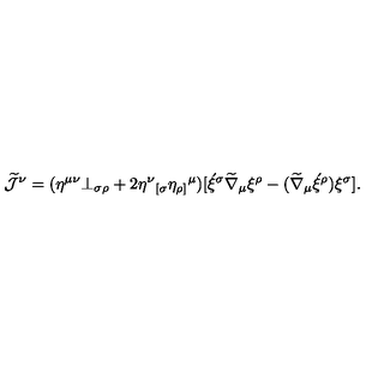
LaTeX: \widetilde { \cal J } ^ { \nu } = ( \eta ^ { \mu \nu } \bot _ { \sigma \rho } + 2 \eta ^ { \nu } { _ { [ \sigma } } \eta _ { \rho ] } { ^ { \mu } } ) [ \acute { \xi } ^ { \sigma } \widetilde { \nabla } _ { \mu } \xi ^ { \rho } - ( \widetilde { \nabla } _ { \mu } \acute { \xi } ^ { \rho } ) \xi ^ { \sigma } ] .